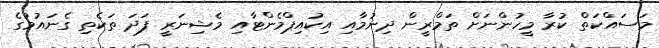
މަސައްކަތް ކުރާ މީހުންނަށް ތަމްރީން ދިނުމާއި އިކުއިޕްމެންޓާއި މެޝިނަރީ ފަދަ ތަކެތި ގެނައުމުގެ